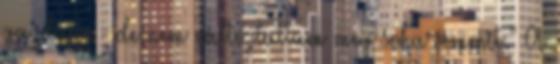
gazdája - de nem változtattam meg soha semmit." A